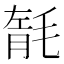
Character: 毻